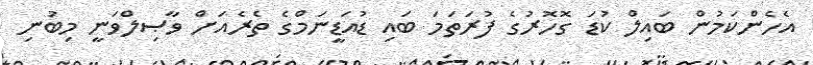
އެހެންކަމުން ބައިލް ކުޑަ ގޮހޮރުގެ ފުރަތަމަ ބައި ޑުއަޑީނަމްގެ ތެރެއަށް ވާޞިލްވަނީ މިބުނި